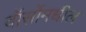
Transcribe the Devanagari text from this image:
वॉर्सोमधील